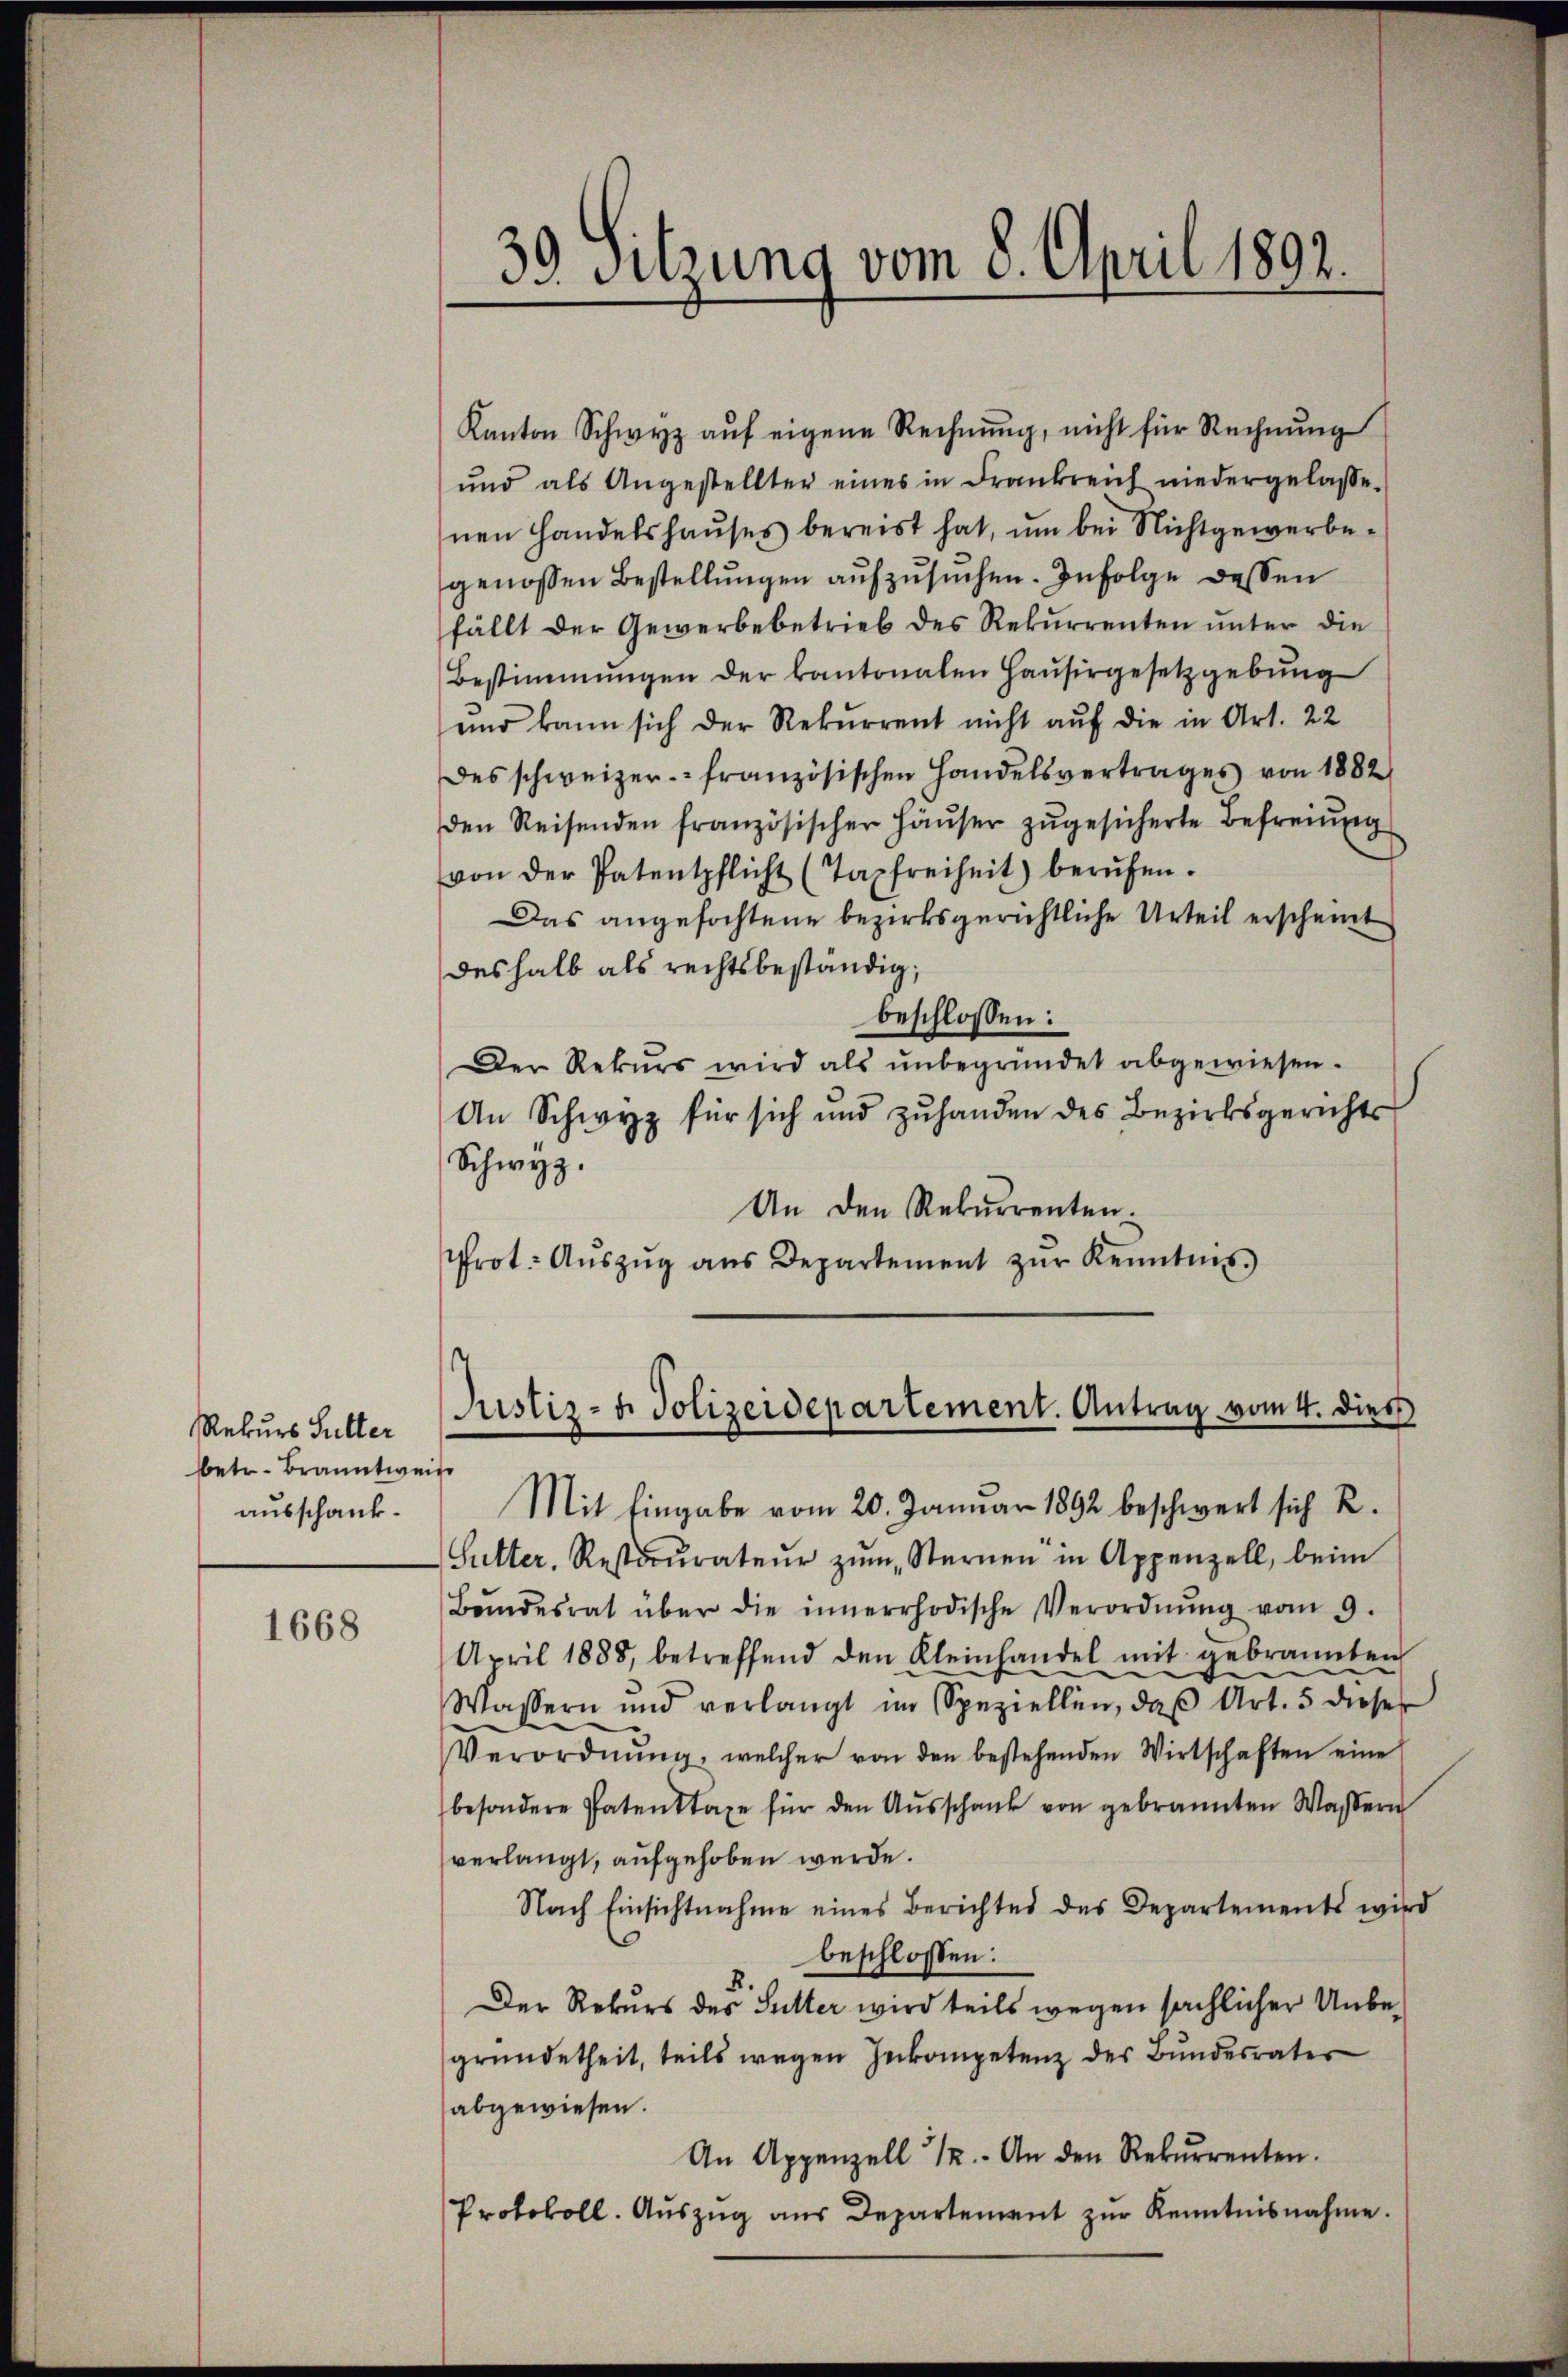
Rekurs Hulter
betr. Branntwe
ausschank¬

1668

39. Sitzung vom 8. April 1892.

Kanton Schwyz auf eigene Rechnung, nicht für Rechnung
und als Angestellter eines in Frankreich niedergelasse.
nen Handelshauses bereist hat, um bei Nichtgewerbegenossen Bestellungen aufzusuchen. Infolge dessen
fällt der Gewerbebetrieb des Rekurrenten unter die
Bestimmungen der kantonalen Haŭsirgesetzgebung
und kann sich der Rekurrent nicht auf die in Art. 22
des schweizer französischen Handelsvertrages von 1882
den Reisenden französischer Häŭser zŭgesicherte Befreiung
von der Patentpflicht (Taxfreiheit) berufen.
Das angefochtene bezirksgerichtliche Urteil erscheint
deshalb als rechtsbeständig,
beschlossen:
Der Rekurs wird als ŭnbegründet abgewiesen.
An Schwyz für sich und zŭhanden des Bezirksgerichts
Schwyz.
An den Rekurrenten.
Prot. Aŭszŭg aŭs Departement zŭr Kenntnis.

¬
Justiz- & Polizeidepartement. Antrag vom 4. dies

ise
Mit Eingabe vom 20. Januar 1892 beschwert sich R.
Sutter. Restaŭrateŭr zŭm Sternen in Appenzell, beim
Bŭndesrat über die innerrhodische Verordnŭng vom 9.
April 1888, betreffend den Kleinhandel mit gebrannten
Wassern und verlangt im Speziellen, daβ Art. 5 dieser
Verordnŭng, welcher von den bestehenden Wirtschaften eine
besondere Patenttaxe für den Aŭsschank von gebrannten Wasern
verlangt, aufgehoben werde.
Nach Einsichtnahme eines Berichtes des Departements wird
beschlossen:
2.
Der Rekurs des Sutter wird teils wegen sächlicher Unbegründetheit, teils wegen Inkompetenz des Bundesrater
abgewiesen.
An Appenzell 12. An den Rekŭrrenten.
Protokoll. Auszug aus Departement zur Kenntnisnahme.